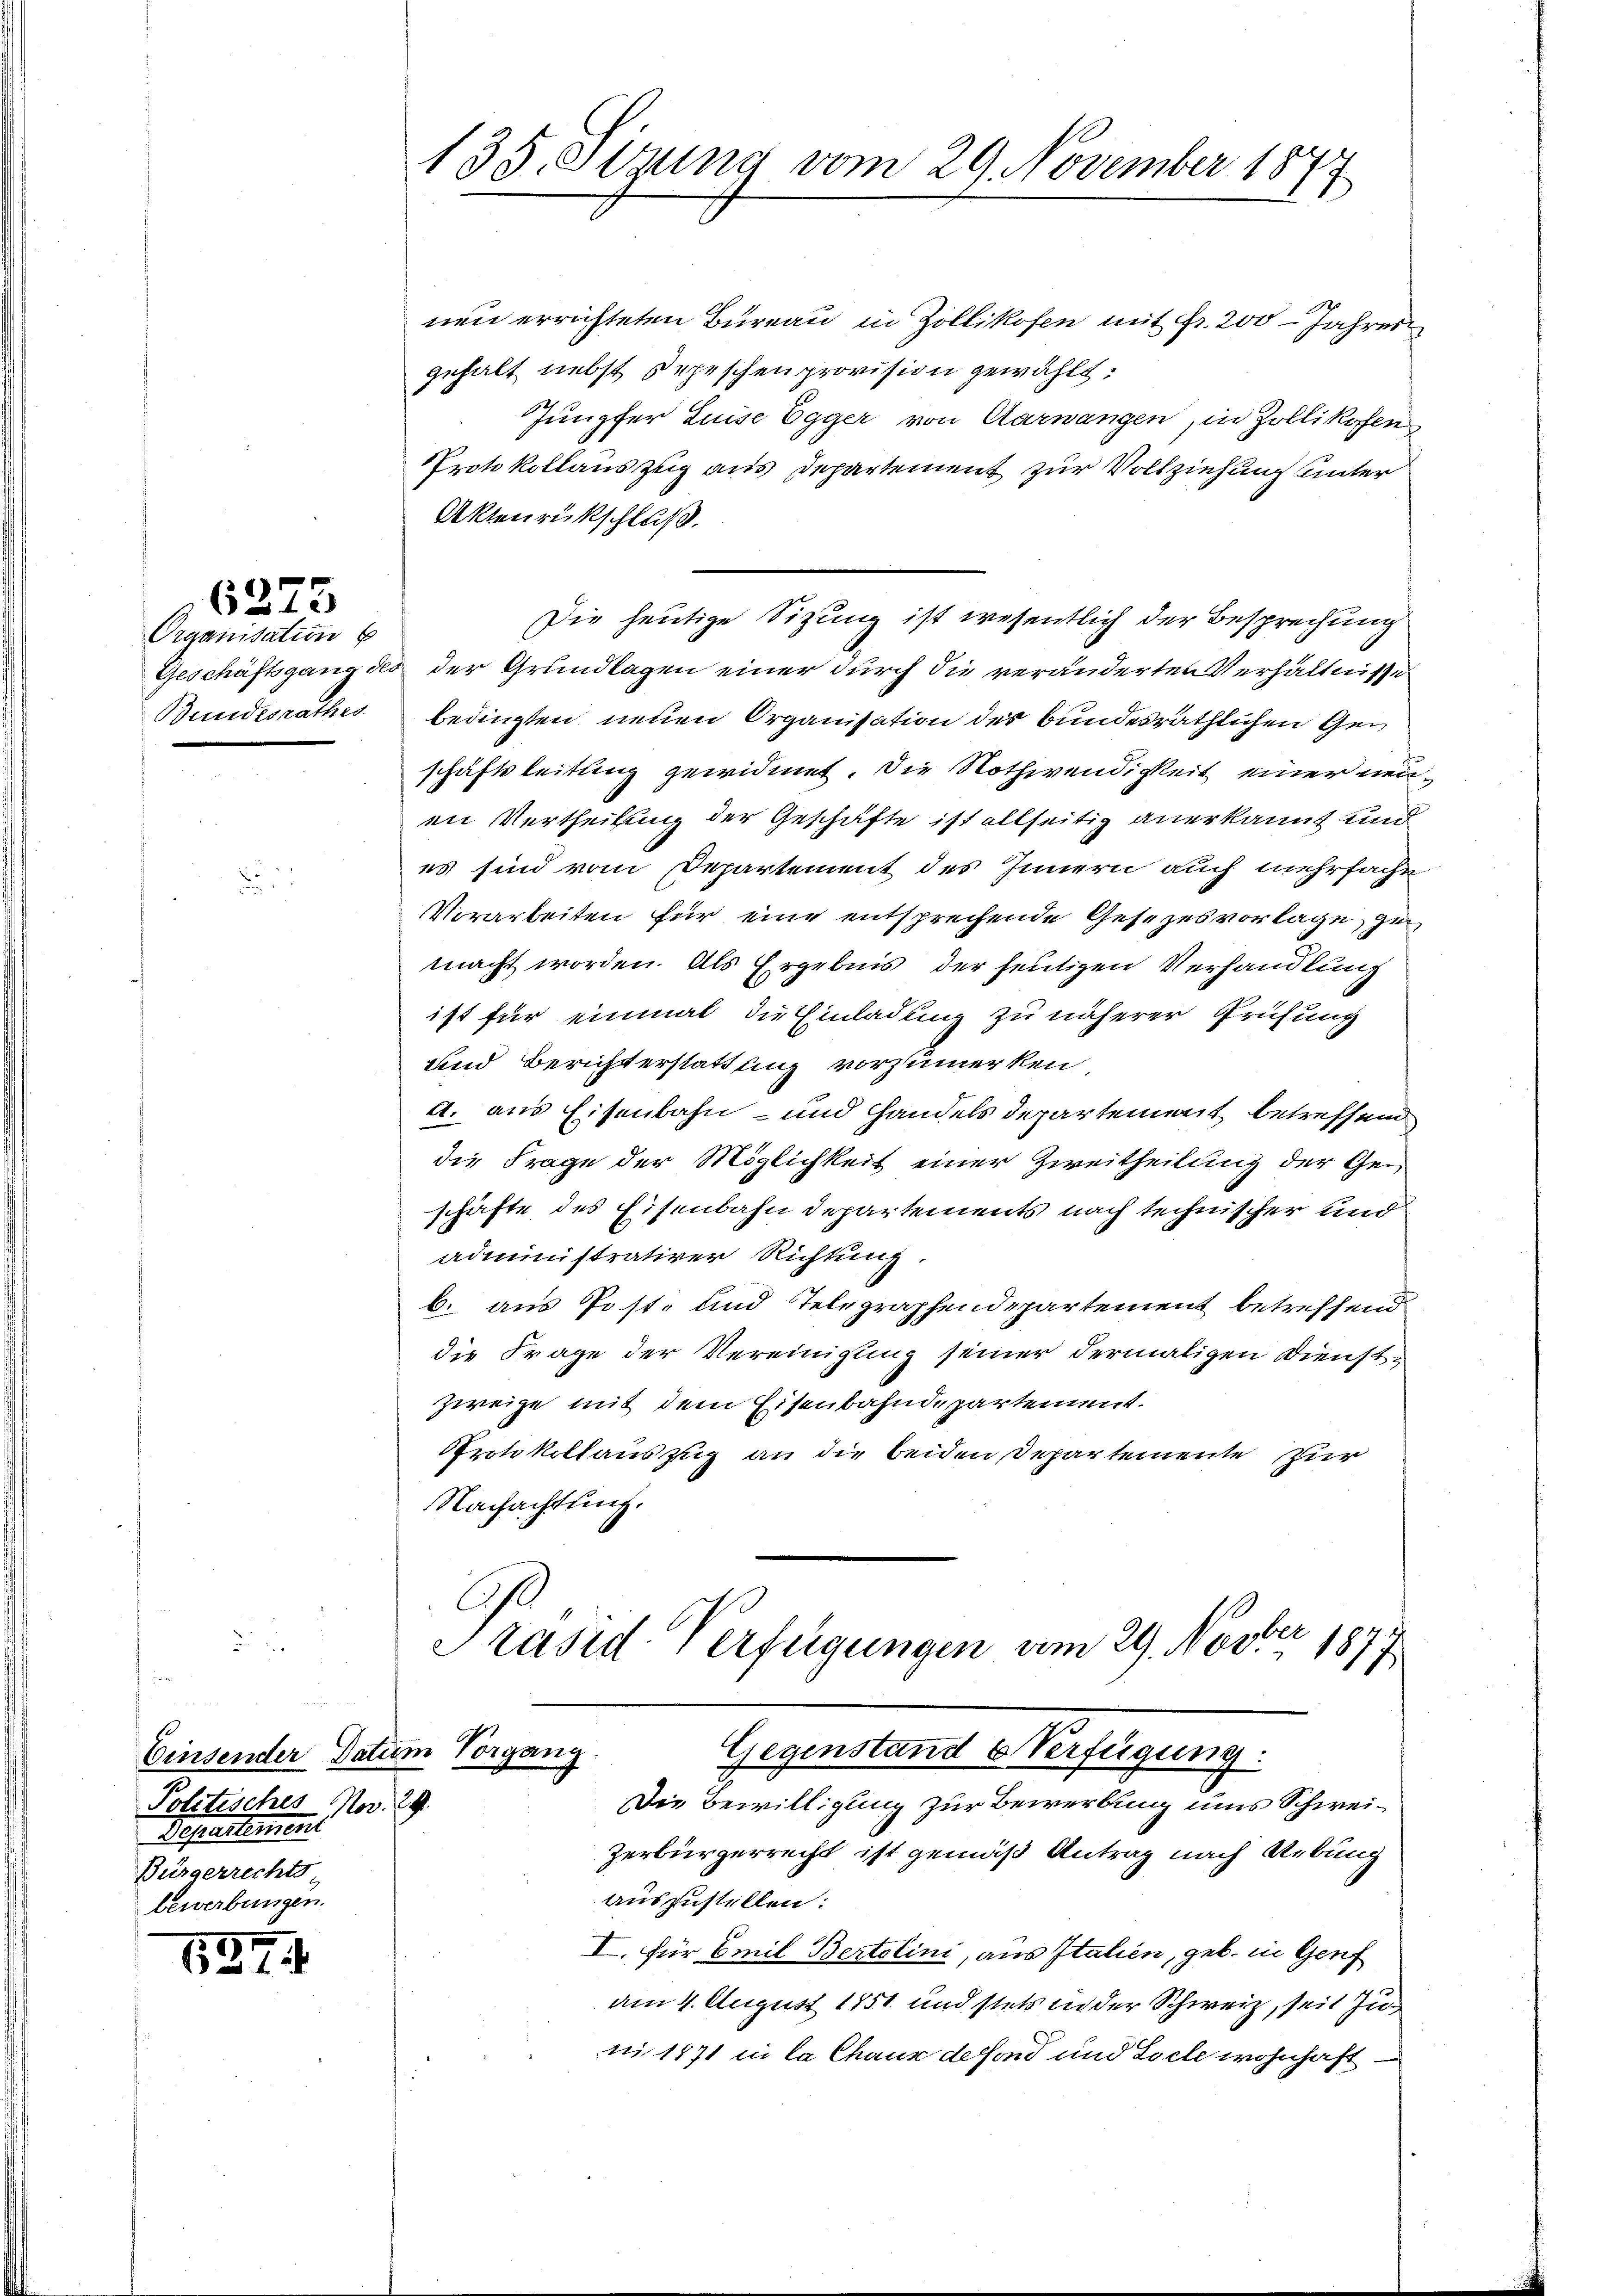
Organisatin b

1531

6273

nen errichteten Bureau in Zollikofen mit Fr. 200 Jahres
gehalt nebst Depeschen provision gewählt.
Jungfer Luise Egger von Aarwangen, in Zollikofen
Protokollauszug aus Departement zur Vollziehung unter
Aktenrückschluß.
Die heutige Sitzung ist wesentlich der Besprechung
Geschäftsgang des der Grundlagen einer durch die veränderten Verhältnisse
Bundesrathes bedingten neuen Organisation des bundesräthlichen Geschäftsleitung gewidmet. Die Nothwendigkeit einer neuen Vertheilung der Geschäfte ist allseitig anerkannt und
es sind vom Departement des Innern auch mehrfache
Vorarbeiten für eine entsprechende Gesezesvorlage zu
macht worden. Als Ergebnis der heutigen Verhandlung
ist für einmal die Einladung zu näherer Prüfung
und Berichterstattung vorzumerken
A. aus Eisenbahn- und Handels Departement betreffend
die Frage der Möglichkeit einer Zweitheilung der Geschäfte des Eisenbahn Departements nach technischer und
administrativer Richtung.
b. aus Post- und Telegraphendepartement betreffend
die Frage der Vereinigung seiner dermaligen Dienstzweige mit dem Eisenbahndepartement.
Protokollauszug an die beiden Departemente zur
Nachachtung.
C
Präsid. Verfügungen am 29. Novber 1877

Einsender Datum Vorgang
Politisches Nov. 29.
Dessartement
Bürgerrechts
bewerbungen.

135. Stund vom 29. November 1873.

Gegenstand 6 Verfügung:
Die Bewilligung zur Bewerbung uns Schwei¬

zerbürgerrecht ist gemäß Antrag nach Uebung
auszustellen:
I. für Emil Bertolini, aus Italien, geb. in Genf
am 4. August 1851 und stets in der Schweiz, seit Juni 1871 in la Chaus defond und Seele wohnhaft¬